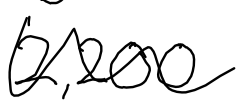
Text: 2,200
Cross-out: wave
Writing tool: digital_black